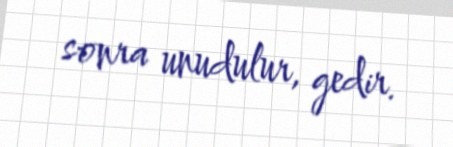
sonra unudulur, gedir.